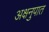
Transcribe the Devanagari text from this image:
अक्षनुपात